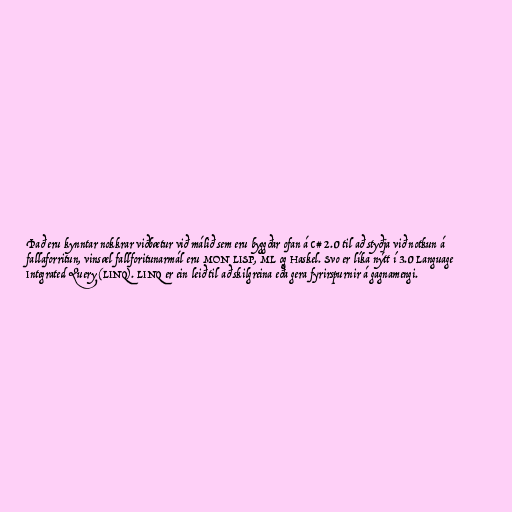
Það eru kynntar nokkrar viðbætur við málið sem eru byggðar ofan á C# 2.0 til að styðja við notkun á
fallaforritun, vinsæl fallforitunarmál eru MON LISP, ML og Haskel. Svo er líka nýtt í 3.0 Language
Integrated Query (LINQ). LINQ er ein leið til að skilgreina eða gera fyrirspurnir á gagnamengi.